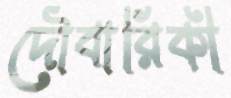
দৌবারিকী